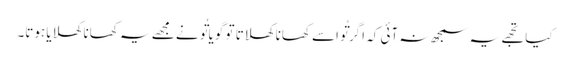
کیا تجھے یہ سمجھ نہ آئی کہ اگر تُو اسے کھانا کھلاتا تو گویا تُو نے مجھے یہ کھانا کھلایا ہوتا۔